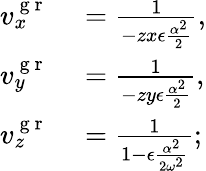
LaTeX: \begin{array}{rl}{v_{x}^{\mathrm{~g~r~}}}&{{}=\frac{1}{-zx\epsilon\frac{\alpha^{2}}{2}},}\\ {v_{y}^{\mathrm{~g~r~}}}&{{}=\frac{1}{-zy\epsilon\frac{\alpha^{2}}{2}},}\\ {v_{z}^{\mathrm{~g~r~}}}&{{}=\frac{1}{1-\epsilon\frac{\alpha^{2}}{2\omega^{2}}};}\end{array}